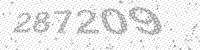
Solution: 287209